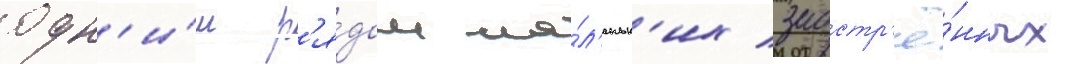
одн'и́м р'я́дом ма́л'еньк'их заостр'ё́нных